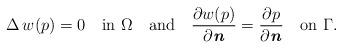
LaTeX: \begin{align*}\Delta\,w(p)=0\quad\mathrm{in}\,\, \Omega\quad\mathrm{and}\quad\dfrac{\partial w(p)}{\partial \textbf{\textit{n}}}=\dfrac{\partial p}{\partial \textbf{\textit{n}}}\quad\mathrm{on}\,\, \Gamma.\end{align*}